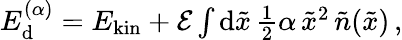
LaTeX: \begin{array}{r}{E_{\mathrm d}^{(\alpha)}=E_{\mathrm{kin}}+\mathcal{E}\int\mathrm{d}\tilde{x}\, \frac 12\alpha\, \tilde{x}^{2}\, \tilde{n}(\tilde{x})\, ,}\end{array}